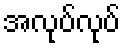
အလုပ်လုပ်